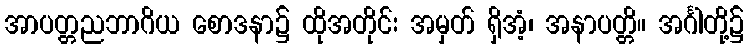
အာပတ္တညဘာဂိယ စောဒနာ၌ ထိုအတိုင်း အမှတ် ရှိအံ့၊ အနာပတ္တိ။ အင်္ဂါတို့၌